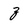
Character: z